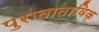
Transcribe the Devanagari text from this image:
पुराताताविक